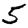
Digit: 5